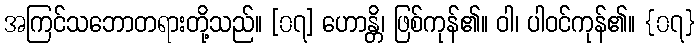
အကြင်သဘောတရားတို့သည်။ [၀၇] ဟောန္တိ၊ ဖြစ်ကုန်၏။ ဝါ၊ ပါဝင်ကုန်၏။ {၀၇}